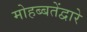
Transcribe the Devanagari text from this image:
मोहब्बतेंद्वारे